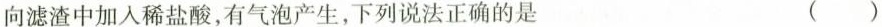
向滤渣中加入稀盐酸，有气泡产生，下列说法正确的是（）